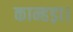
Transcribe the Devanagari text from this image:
कान्हड़ा।